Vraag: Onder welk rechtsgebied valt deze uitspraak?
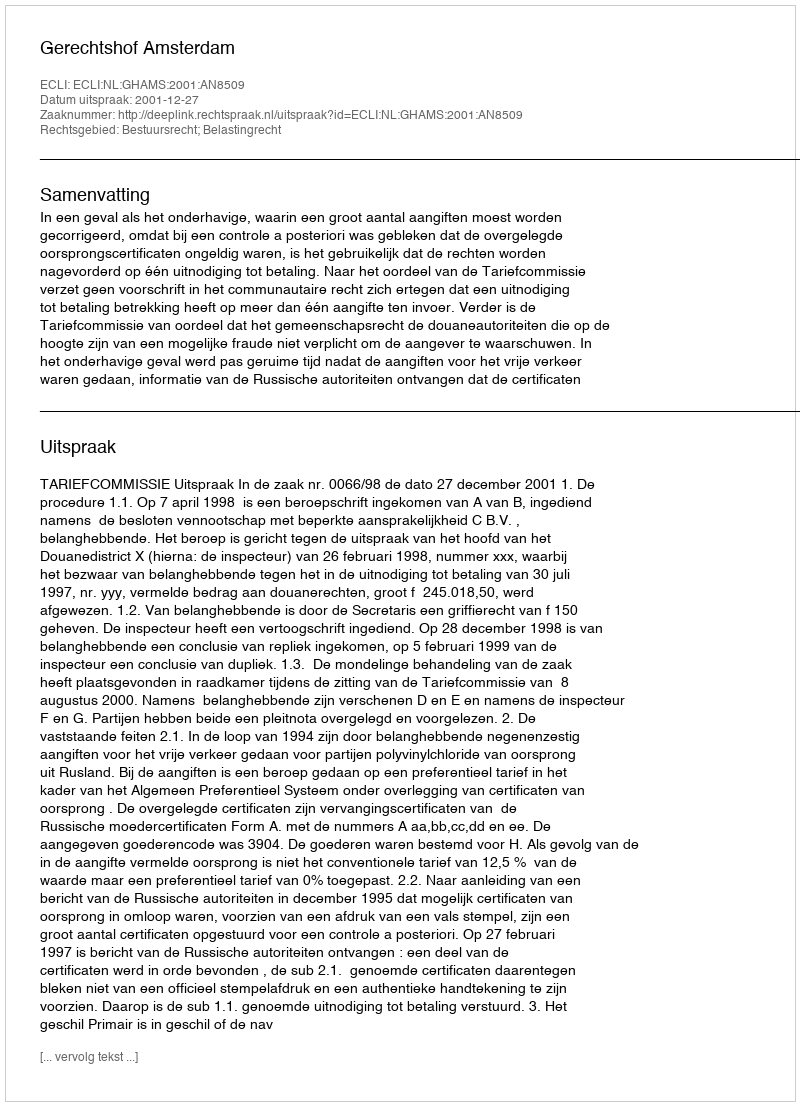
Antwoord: Bestuursrecht; Belastingrecht